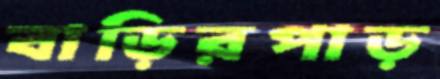
বাড়িরপাড়